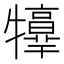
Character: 𤜃